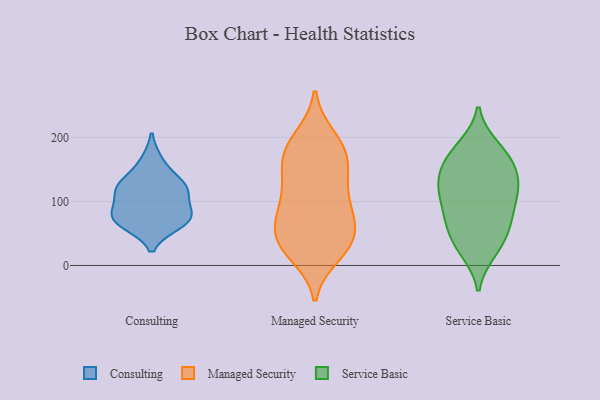
{"axis": {"x": "Conversion Rate (%)", "y": "Value"}, "legend": ["Consulting", "Managed Security", "Service Basic"], "data": [{"x": "", "y": 117, "type": "Consulting"}, {"x": "", "y": 122, "type": "Consulting"}, {"x": "", "y": 128, "type": "Consulting"}, {"x": "", "y": 119, "type": "Consulting"}, {"x": "", "y": 85, "type": "Consulting"}, {"x": "", "y": 73, "type": "Consulting"}, {"x": "", "y": 163, "type": "Consulting"}, {"x": "", "y": 69, "type": "Consulting"}, {"x": "", "y": 79, "type": "Consulting"}, {"x": "", "y": 65, "type": "Consulting"}, {"x": "", "y": 138, "type": "Managed Security"}, {"x": "", "y": 89, "type": "Managed Security"}, {"x": "", "y": 199, "type": "Managed Security"}, {"x": "", "y": 167, "type": "Managed Security"}, {"x": "", "y": 35, "type": "Managed Security"}, {"x": "", "y": 151, "type": "Managed Security"}, {"x": "", "y": 33, "type": "Managed Security"}, {"x": "", "y": 29, "type": "Managed Security"}, {"x": "", "y": 181, "type": "Managed Security"}, {"x": "", "y": 193, "type": "Managed Security"}, {"x": "", "y": 171, "type": "Managed Security"}, {"x": "", "y": 39, "type": "Managed Security"}, {"x": "", "y": 87, "type": "Managed Security"}, {"x": "", "y": 100, "type": "Managed Security"}, {"x": "", "y": 73, "type": "Managed Security"}, {"x": "", "y": 71, "type": "Managed Security"}, {"x": "", "y": 18, "type": "Managed Security"}, {"x": "", "y": 130, "type": "Managed Security"}, {"x": "", "y": 44, "type": "Managed Security"}, {"x": "", "y": 186, "type": "Service Basic"}, {"x": "", "y": 116, "type": "Service Basic"}, {"x": "", "y": 162, "type": "Service Basic"}, {"x": "", "y": 167, "type": "Service Basic"}, {"x": "", "y": 118, "type": "Service Basic"}, {"x": "", "y": 68, "type": "Service Basic"}, {"x": "", "y": 71, "type": "Service Basic"}, {"x": "", "y": 101, "type": "Service Basic"}, {"x": "", "y": 124, "type": "Service Basic"}, {"x": "", "y": 23, "type": "Service Basic"}, {"x": "", "y": 186, "type": "Service Basic"}, {"x": "", "y": 88, "type": "Service Basic"}, {"x": "", "y": 125, "type": "Service Basic"}, {"x": "", "y": 152, "type": "Service Basic"}, {"x": "", "y": 52, "type": "Service Basic"}, {"x": "", "y": 22, "type": "Service Basic"}, {"x": "", "y": 157, "type": "Service Basic"}, {"x": "", "y": 68, "type": "Service Basic"}, {"x": "", "y": 36, "type": "Service Basic"}, {"x": "", "y": 130, "type": "Service Basic"}]}